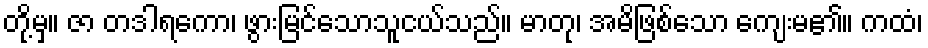
တို့မှ။ ဇာ တဒါရကော၊ ဖွားမြင်သောသူငယ်သည်။ မာတု၊ အမိဖြစ်သော ကျေးမ၏။ ကထံ၊